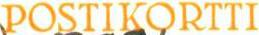
POSTIKORTTI